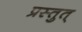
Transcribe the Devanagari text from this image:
प्रस्तुत्